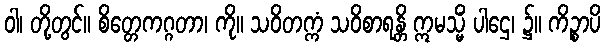
ဝါ၊ တို့တွင်။ စိတ္တေကဂ္ဂတာ၊ ကို။ သဝိတက္ကံ သဝိစာရန္တိ ဣမသ္မိံ ပါဌေ၊ ၌။ ကိဉ္စာပိ